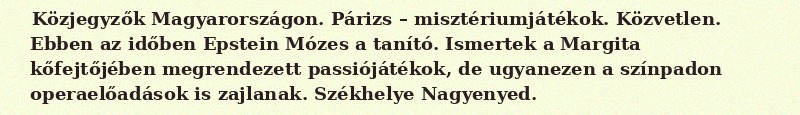
Közjegyzők Magyarországon. Párizs – misztériumjátékok. Közvetlen. Ebben az időben Epstein Mózes a tanító. Ismertek a Margita kőfejtőjében megrendezett passiójátékok, de ugyanezen a színpadon operaelőadások is zajlanak. Székhelye Nagyenyed.